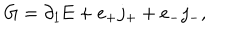
LaTeX: \mathrm { G } = \partial _ { 1 } \mathrm { E } + e _ { + } j _ { + } + e _ { - } j _ { - } ,